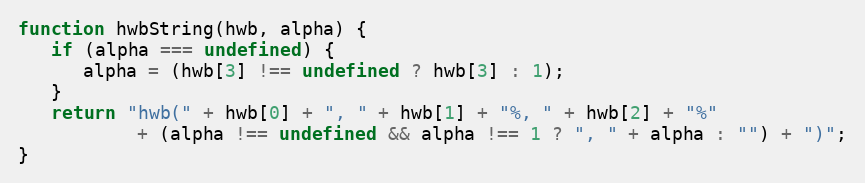
Language: JavaScript
function hwbString(hwb, alpha) {
   if (alpha === undefined) {
      alpha = (hwb[3] !== undefined ? hwb[3] : 1);
   }
   return "hwb(" + hwb[0] + ", " + hwb[1] + "%, " + hwb[2] + "%"
           + (alpha !== undefined && alpha !== 1 ? ", " + alpha : "") + ")";
}